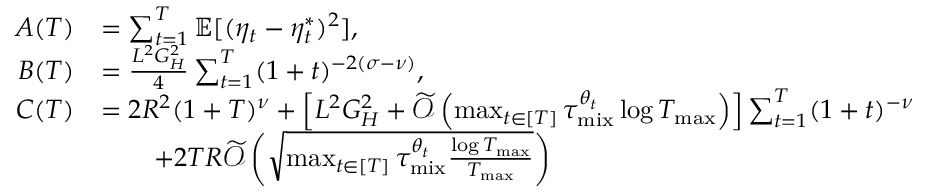
\begin{array} { r l } { A ( T ) } & { = \sum _ { t = 1 } ^ { T } \mathbb { E } [ ( \eta _ { t } - \eta _ { t } ^ { * } ) ^ { 2 } ] , } \\ { B ( T ) } & { = \frac { L ^ { 2 } G _ { H } ^ { 2 } } { 4 } \sum _ { t = 1 } ^ { T } ( 1 + t ) ^ { - 2 ( \sigma - \nu ) } , } \\ { C ( T ) } & { = 2 R ^ { 2 } ( 1 + T ) ^ { \nu } + \left[ L ^ { 2 } G _ { H } ^ { 2 } + \widetilde { \mathcal { O } } \left( \operatorname* { m a x } _ { t \in [ T ] } \tau _ { \mathrm { m i x } } ^ { \theta _ { t } } \log T _ { \operatorname* { m a x } } \right) \right] \sum _ { t = 1 } ^ { T } ( 1 + t ) ^ { - \nu } } \\ & { \qquad + 2 T R \widetilde { \mathcal { O } } \left( \sqrt { \operatorname* { m a x } _ { t \in [ T ] } \tau _ { \mathrm { m i x } } ^ { \theta _ { t } } \frac { \log T _ { \operatorname* { m a x } } } { T _ { \operatorname* { m a x } } } } \right) } \end{array}